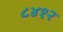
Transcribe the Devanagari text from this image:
८४१२